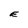
Character: E